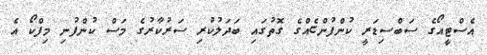
އެސްޓީއޯގެ ސަބްސިޑަރީ ކުންފުންޏެއްގެ ގޮތުގައި ބަދަލުކުރި ސަރުކާރުގެ މަސް ކުންފުނި މިފްކޯ އެ